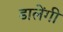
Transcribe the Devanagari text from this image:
डालेंगी